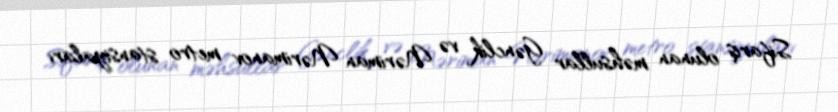
Sifariş olunan məhsullar Gənclik və Nəriman Nərimanov metro stansiyaları